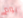
يوم